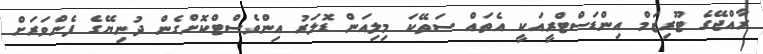
ރާއްޖޭގެ ޓޫރިޒަމް އިންޑަސްޓްރީއަކީ އެތައް ސަތޭކަ މިލިއަން ޑޮލަރު އިންވެސްޓްކޮށްގެން ދުނިޔޭގެ ފެންވަރަށް